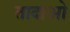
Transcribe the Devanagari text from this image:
तादाओ